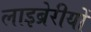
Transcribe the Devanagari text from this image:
लाइब्रेरीयों